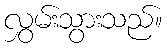
လွှမ်းသွားသည်။